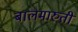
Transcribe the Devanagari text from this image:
बालमारुती